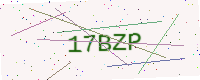
Text: 17BZP